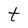
Character: t